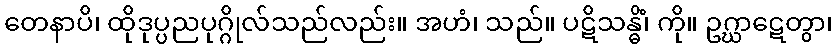
တေနာပိ၊ ထိုဒုပ္ပညပုဂ္ဂိုလ်သည်လည်း။ အဟံ၊ သည်။ ပဋိသန္ဓိံ၊ ကို။ ဥဂ္ဃာဋေတွာ၊